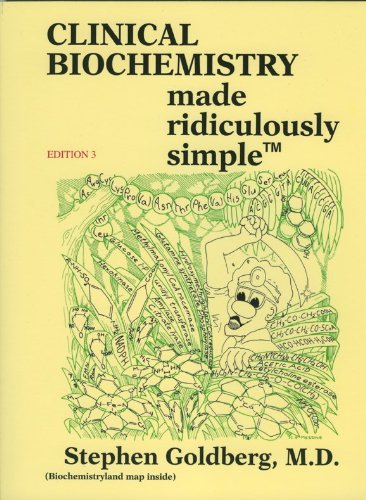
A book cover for Clinical Biochemistry Made Ridiculously Simple (Medmaster); Stephen Goldberg; Medical Books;